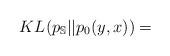
\begin{align*}KL(p_{\mathbb{S}}||p_{0}(y,x))=\end{align*}